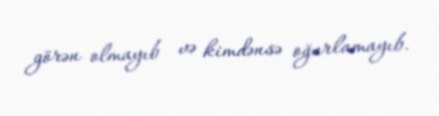
görən olmayıb və kimdənsə oğurlamayıb.